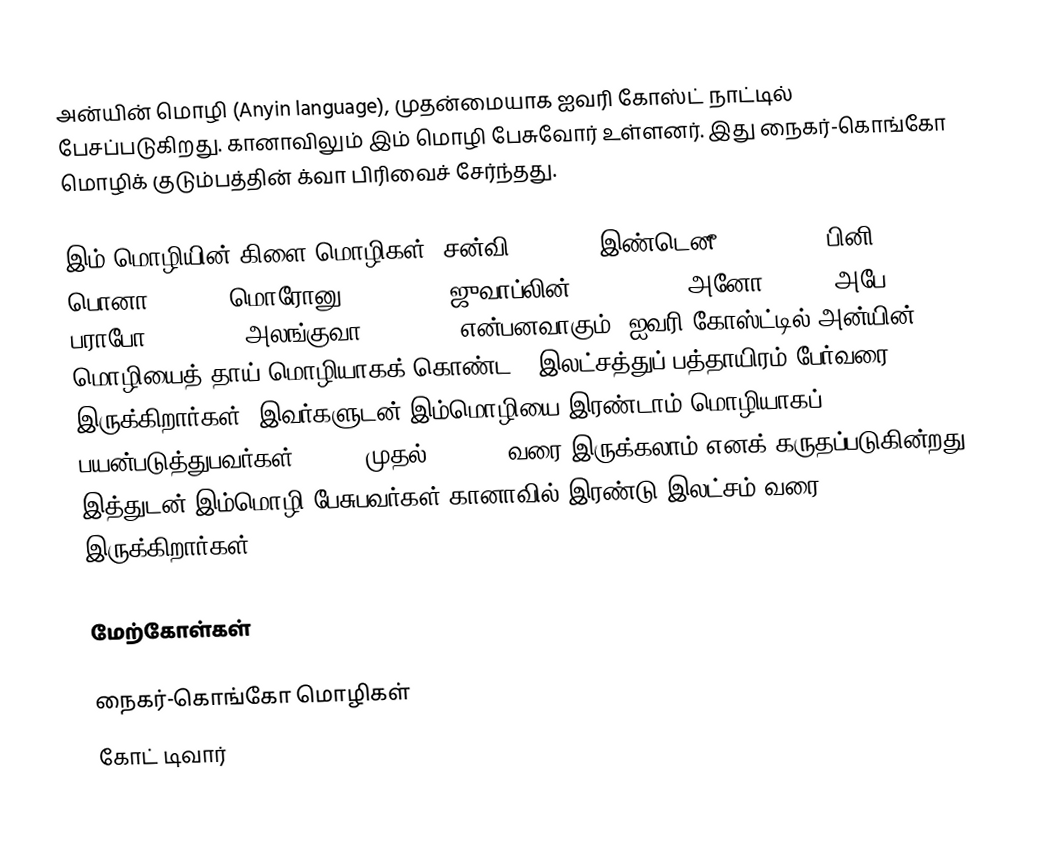
அன்யின் மொழி (Anyin language), முதன்மையாக ஐவரி கோஸ்ட் நாட்டில் பேசப்படுகிறது. கானாவிலும் இம் மொழி பேசுவோர் உள்ளனர். இது நைகர்-கொங்கோ மொழிக் குடும்பத்தின் க்வா பிரிவைச் சேர்ந்தது.

இம் மொழியின் கிளை மொழிகள், சன்வி (Sanvi), இண்டெனீ (Indenie), பினி (Bini), பொனா (Bona), மொரோனு (Moronou), ஜுவாப்லின் (Djuablin), அனோ (Ano), அபே (Abe), பராபோ (Barabo), அலங்குவா (Alangua) என்பனவாகும். ஐவரி கோஸ்ட்டில் அன்யின் மொழியைத் தாய் மொழியாகக் கொண்ட 6 இலட்சத்துப் பத்தாயிரம் பேர்வரை இருக்கிறார்கள். இவர்களுடன் இம்மொழியை இரண்டாம் மொழியாகப் பயன்படுத்துபவர்கள் 10,000 முதல் 100,000 வரை இருக்கலாம் எனக் கருதப்படுகின்றது. இத்துடன் இம்மொழி பேசுபவர்கள் கானாவில் இரண்டு இலட்சம் வரை இருக்கிறார்கள்.

மேற்கோள்கள்

நைகர்-கொங்கோ மொழிகள்
கோட் டிவார்